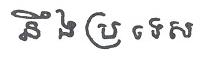
នឹង ប្រ ទេស